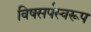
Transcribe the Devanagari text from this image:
विषसर्पस्वरूप